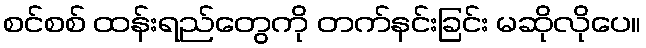
စင်စစ် ထန်းရည်တွေကို တက်နင်းခြင်း မဆိုလိုပေ။